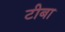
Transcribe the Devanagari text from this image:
टीबा